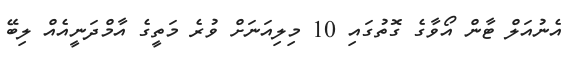
އެނުއަލް ޓާން އޯވާގެ ގޮތުގައި 10 މިލިއަނަށް ވުރެ މަތީގެ އާމްދަނީއެއް ލިބޭ